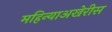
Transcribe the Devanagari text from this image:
महिन्याअखेरीस